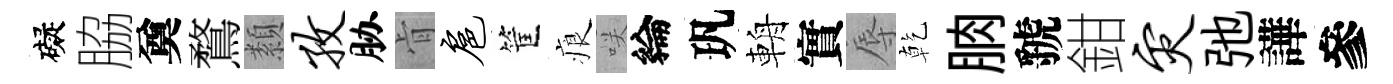
礙脇奠鶩纇孜胁肻扈筐痕咲綸㺬輈實辱乾朒虢鉗灾弛譁參